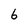
Character: 6